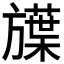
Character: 𬀗